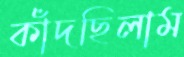
কাঁদছিলাম